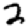
Digit: 2